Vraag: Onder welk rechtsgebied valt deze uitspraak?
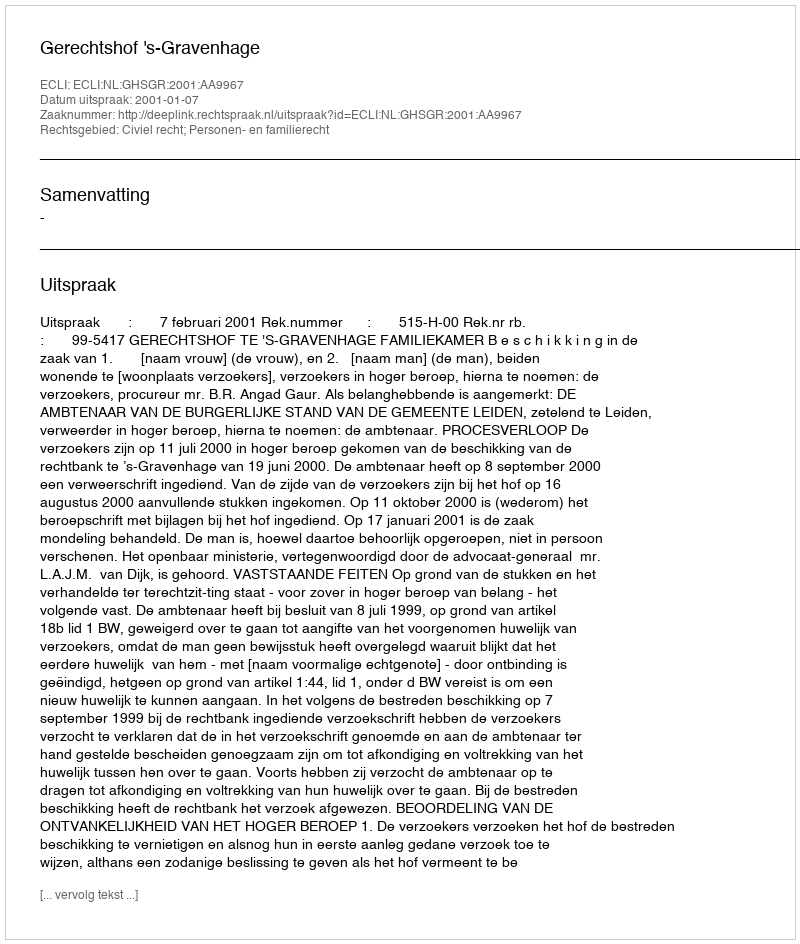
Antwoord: Civiel recht; Personen- en familierecht